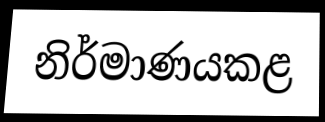
නිර්මාණයකළ